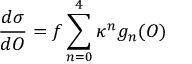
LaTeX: { \frac { d \sigma } { d \cal O } } = f \sum _ { n = 0 } ^ { 4 } \kappa ^ { n } g _ { n } ( \cal O )